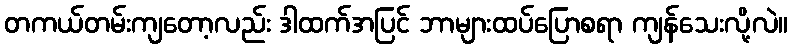
တကယ်တမ်းကျတော့လည်း ဒါထက်အပြင် ဘာများထပ်ပြောစရာ ကျန်သေးလို့လဲ။